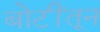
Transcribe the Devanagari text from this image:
बोटींतून